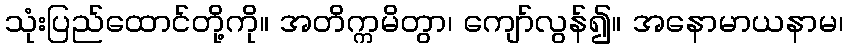
သုံးပြည်ထောင်တို့ကို။ အတိက္ကမိတွာ၊ ကျော်လွန်၍။ အနောမာယနာမ၊